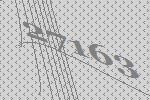
27163